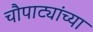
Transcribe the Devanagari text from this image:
चौपाट्यांच्या